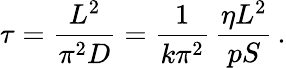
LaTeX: \tau=\frac{L^{2}}{\pi^{2}D}=\frac{1}{k\pi^{2}}\, \frac{\eta L^{2}}{pS}\, .